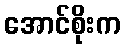
အောင်စိုးက